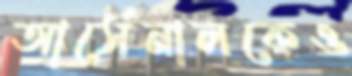
আর্সেনালকেও